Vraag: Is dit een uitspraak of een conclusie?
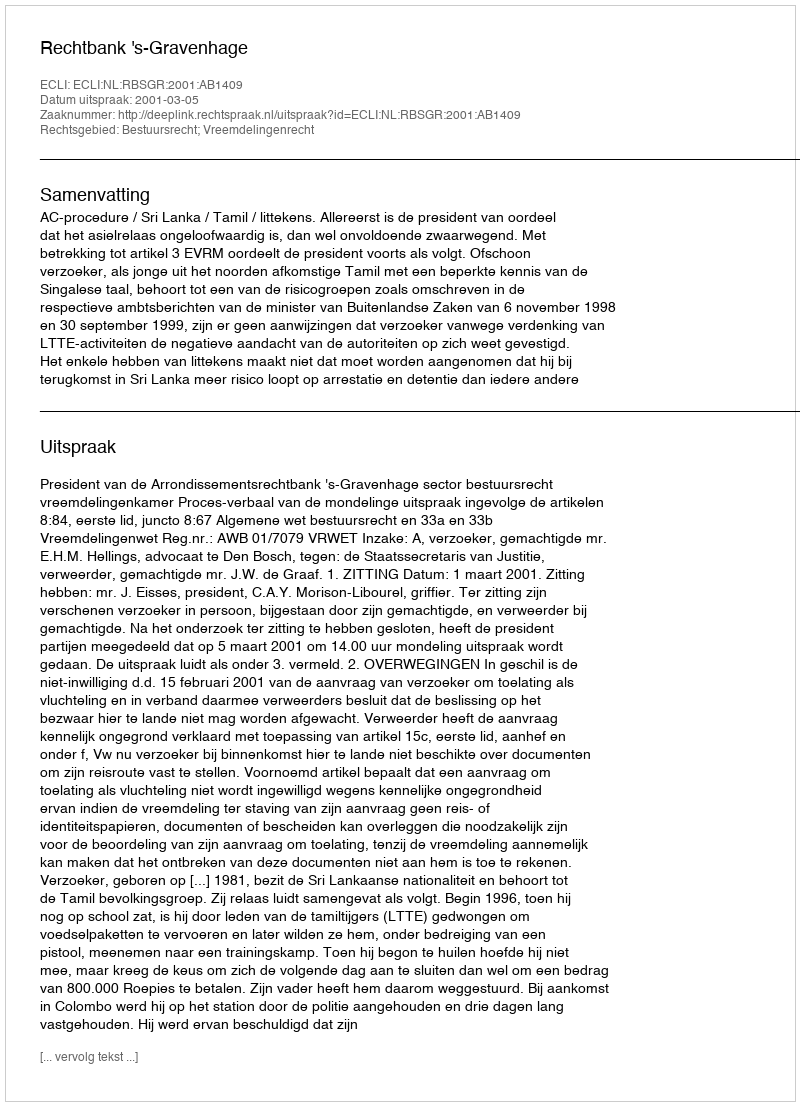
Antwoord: Uitspraak